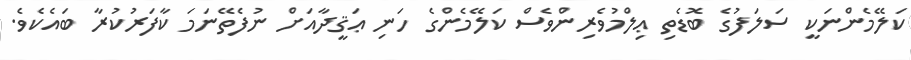
ކަލޭމެންނަކީ ސަލަފުގެ ބޮޑެތި ޢިލްމުވެރިންވެސް ކަލޭމެންގެ ހަނި ޢަޤީދާއަށް ނުފެތޭނަމަ ކާފަރުކުރާ ބައެކެވެ.